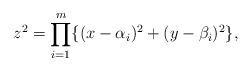
LaTeX: \begin{align*}z^2 = \prod_{i=1}^{m}\{(x-\alpha_i)^2 + (y-\beta_i)^2\},\end{align*}